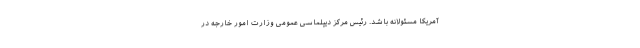
آمریکا مسئولانه باشد. رئیس مرکز دیپلماسی عمومی وزارت امور خارجه در